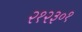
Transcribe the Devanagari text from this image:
२१२३०१